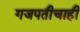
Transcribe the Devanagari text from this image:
गजपतीचाही